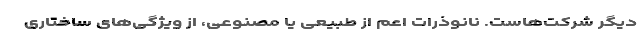
دیگر شرکت‌هاست. نانوذرات اعم از طبیعی یا مصنوعی، از ویژگی‌های ساختاری